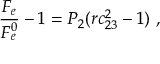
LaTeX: \frac { F _ { e } } { F _ { e } ^ { 0 } } - 1 = P _ { 2 } ( r c _ { 2 3 } ^ { 2 } - 1 ) ~ ,